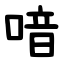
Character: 喑